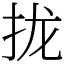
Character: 拢